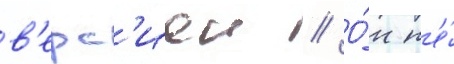
в'ерс'иеи // О́н н'е́